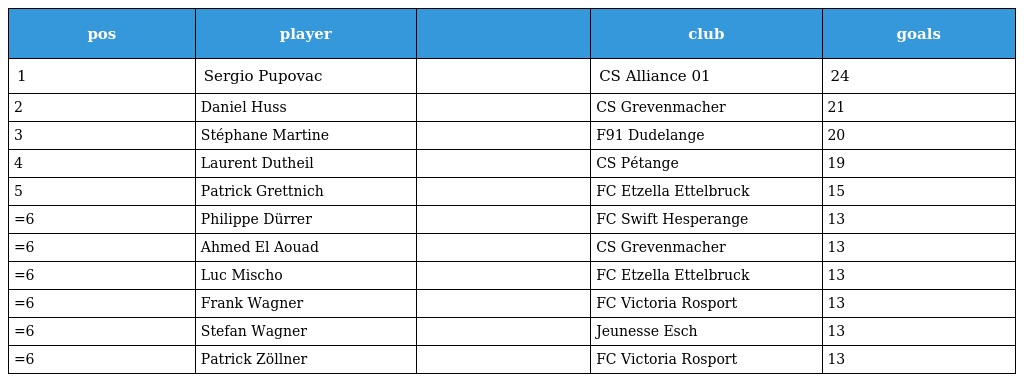
| pos | player |  | club | goals |
 | --- | --- | --- | --- | --- |
 | 1 | Sergio Pupovac |  | CS Alliance 01 | 24 |
 | 2 | Daniel Huss |  | CS Grevenmacher | 21 |
 | 3 | Stéphane Martine |  | F91 Dudelange | 20 |
 | 4 | Laurent Dutheil |  | CS Pétange | 19 |
 | 5 | Patrick Grettnich |  | FC Etzella Ettelbruck | 15 |
 | =6 | Philippe Dürrer |  | FC Swift Hesperange | 13 |
 | =6 | Ahmed El Aouad |  | CS Grevenmacher | 13 |
 | =6 | Luc Mischo |  | FC Etzella Ettelbruck | 13 |
 | =6 | Frank Wagner |  | FC Victoria Rosport | 13 |
 | =6 | Stefan Wagner |  | Jeunesse Esch | 13 |
 | =6 | Patrick Zöllner |  | FC Victoria Rosport | 13 |